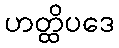
ဟတ္ထိပဒေ